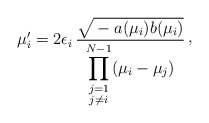
\begin{align*}\mu_{i}' = 2 \epsilon_{i} \, {\sqrt{\mathstrut -a(\mu_{i}) b(\mu_{i})}\over\displaystyle\prod_{\scriptstyle j=1\atop \scriptstyle j\neq i}^{N-1} (\mu_{i}-\mu_{j})}\, \raise 2pt\hbox{,}\end{align*}